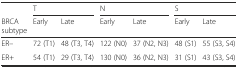
<table><thead><tr><td></td><td colspan="2"><b>T</b></td><td colspan="2"><b>N</b></td><td colspan="2"><b>S</b></td></tr><tr><td><b>BRCA subtype</b></td><td><b>Early</b></td><td><b>Late</b></td><td><b>Early</b></td><td><b>Late</b></td><td><b>Early</b></td><td><b>Late</b></td></tr></thead><tbody><tr><td>ER–</td><td>72 (T1)</td><td>48 (T3, T4)</td><td>122 (N0)</td><td>37 (N2, N3)</td><td>48 (S1)</td><td>55 (S3, S4)</td></tr><tr><td>ER+</td><td>54 (T1)</td><td>29 (T3, T4)</td><td>130 (N0)</td><td>36 (N2, N3)</td><td>31 (S1)</td><td>43 (S3, S4)</td></tr></tbody></table>